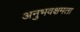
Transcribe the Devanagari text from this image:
अनुभवक्षमता